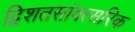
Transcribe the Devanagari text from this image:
द्विशतसांवत्सरिक